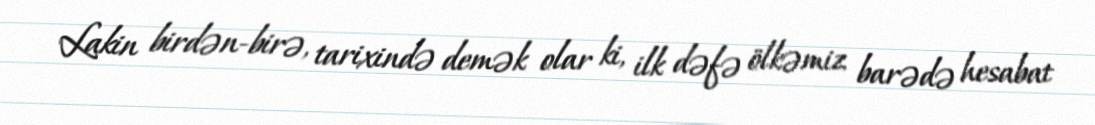
Lakin birdən-birə, tarixində demək olar ki, ilk dəfə ölkəmiz barədə hesabat